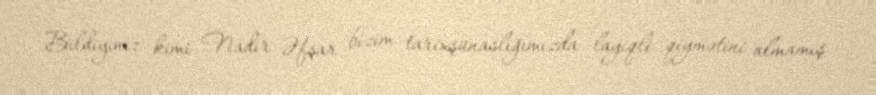
Bildiyiniz kimi Nadir Əfşar bizim tarixşünaslığımızda layiqli qiymətini almamış